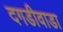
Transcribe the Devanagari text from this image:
दगडीवाडा